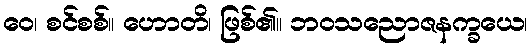
ဝေ၊ စင်စစ်။ ဟောတိ၊ ဖြစ်၏။ ဘဝသညောဇနက္ခယေ၊